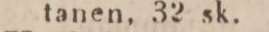
tanen, 32 sk.